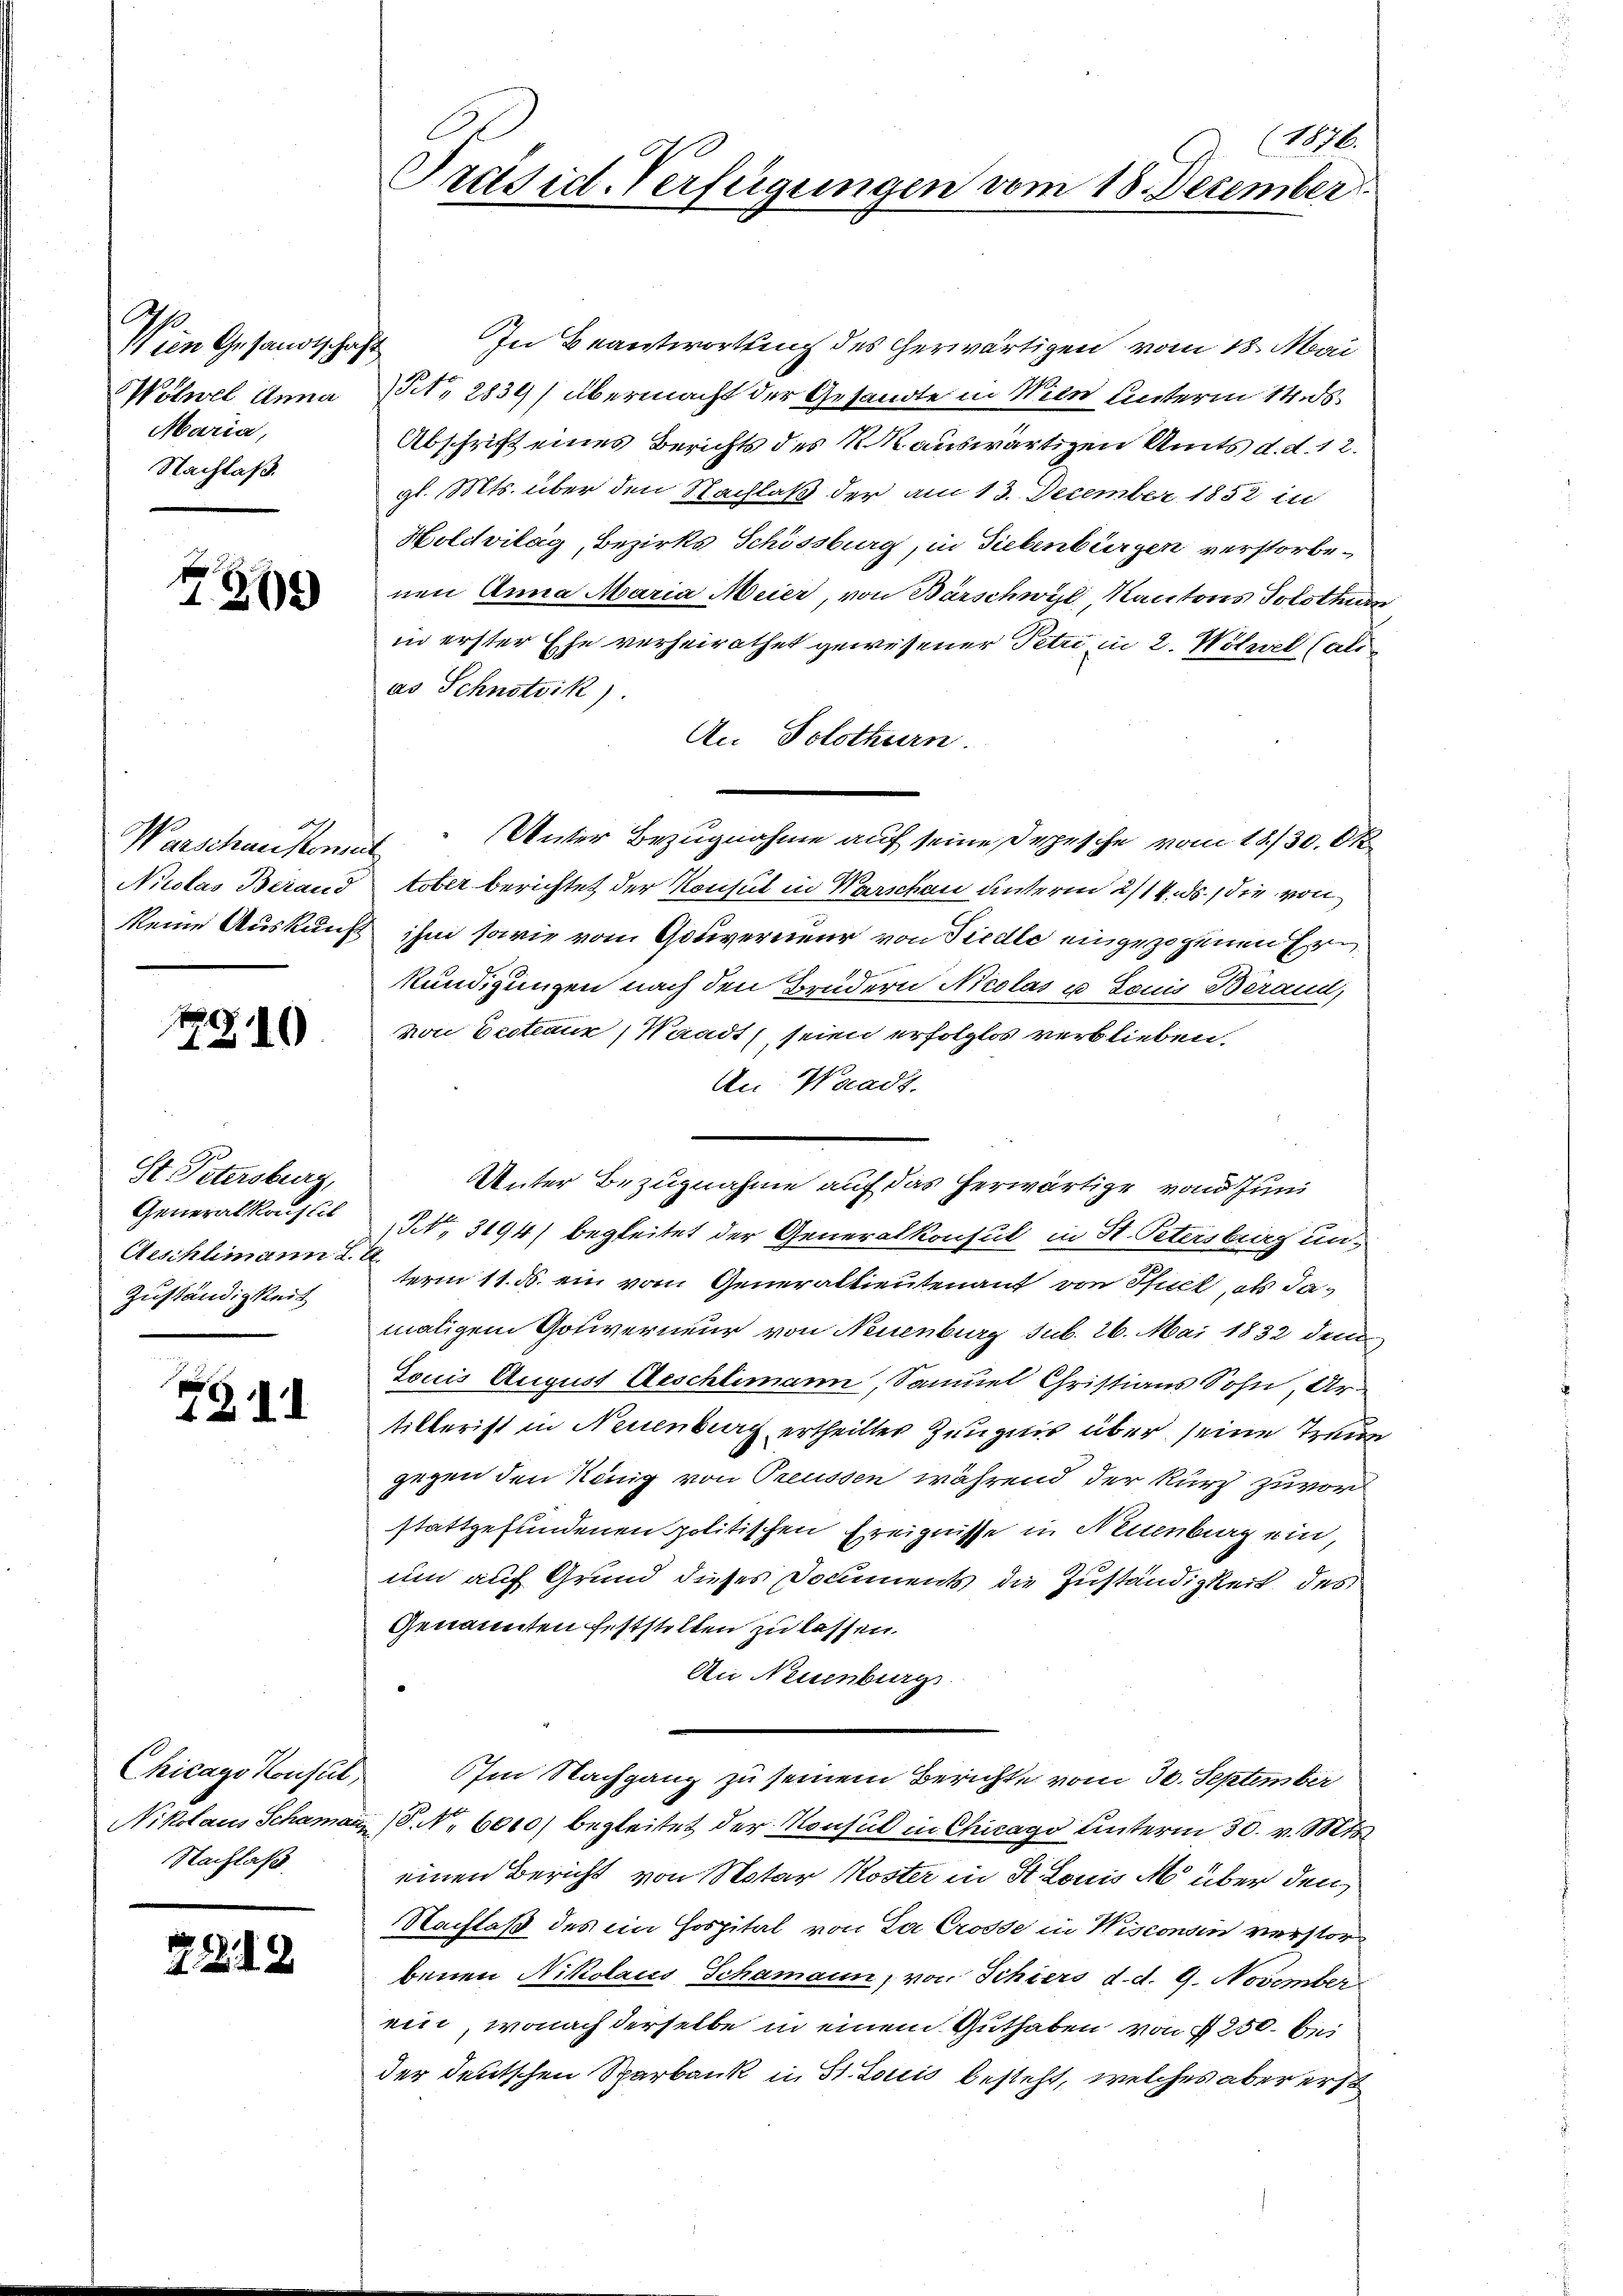
in Gesandtschaft
Wölnel Anna
Maria,
Nachlaß.

7309

Nicolas Beraud

210

St Petersburg,
Generalkonstit
Aeschumann li
Zuständigkeit

ZZ II

Chicago Konsul
Nikolaus Schamann
Nachlaß.

72. 12

(1876.
Präsid. Verfügungen vom 18. December

In Beantwortung des herwärtigen vom 18. Mai
t. 2834) übermacht der Gesandte in Wien unterm 14. ds
Abschrift eines Berichts des R. auswärtigen Amts d. d. 12.
gl. Mts. über den Nachlaß der am 13. December 1852 in
Holdvilag, Bezirks Schössburg, in Siebenbürgen verstorbenen Anna Maria Meier, von Bärschwyl, Kantons Solothurn
in erster Ehe verheirathet gewesener Petri in 2. Wötzel (alias Schnotvik).
An Solothurn.
Warschausen Unter Bezugnahme auf seine Depesche vom 18./30. Ok
tober berichtet der Konsul in Warschau unterm 2/14. ds. die von
Meine Auskunft ihm sowie vom Gouverneur von Siedle eingezogenen Ern
Kundigungen nach den Brüdern Nicolas u. Louis Berand,
von Bestiaux, Waadt seien erfolglos verblieben.
1
An Waadt.
Unter Bezugnahme auf das herwärtige von Juni
Str. 3194) begleitet der Generalkonsul in St. Petersburg un-
term 11. ds. ein vom Generallieutenant von Pfiel, als damaligem Gotiverneur von Neuenburg sub. 26. Mai 1832 dem
Louis August Aeschlimann, Samuel Christians Sohn, Artillerist in Neuenburg ertheiltes Zeugnis über seine Treue
gegen den König von Preussen während der kurz zuvor
stattgefundenen politischen Ereignisse in Neuenburg ein,
um auf Grund dieses Documents die Zuständigkeit des
Genannten feststelten zu lassen.
An Neuenburg
Im Nachgang zu seinem Berichte vom 30. September
 NNo. 6010) begleitet der Konsul in Chicago unterm 30. v. Mts.
einen Bericht von Notar Koster in St. Louis M. über den
Nachlaß des ein Hospital von La Crosse in Wisconsin verstorbenen Nikolauss Schamann, von Schiers d. d. 9. November
ein, wonach derselbe in einem Guthaben von § 250. bi
der deutschen Sparbank in St. Lottis besteht, welches aber erst